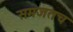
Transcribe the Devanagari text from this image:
समजतच